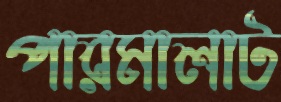
পারমালাট